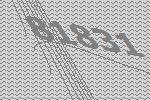
81831